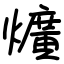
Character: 爌